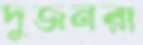
দুজনরা